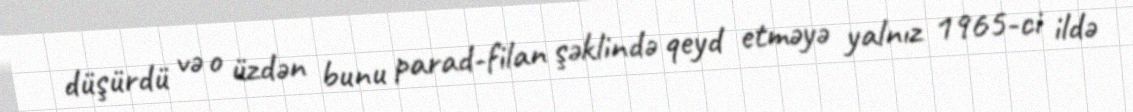
düşürdü və o üzdən bunu parad-filan şəklində qeyd etməyə yalnız 1965-ci ildə